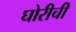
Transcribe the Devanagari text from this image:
घोरीची